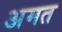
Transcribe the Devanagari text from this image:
अमत